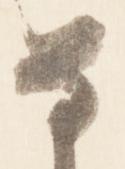
な